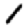
Digit: 1